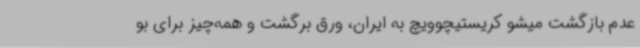
عدم بازگشت میشو کریستیچوویچ به ایران، ورق برگشت و همه‌چیز برای بو